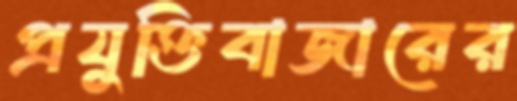
প্রযুক্তিবাজারের